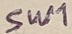
Text: SW1